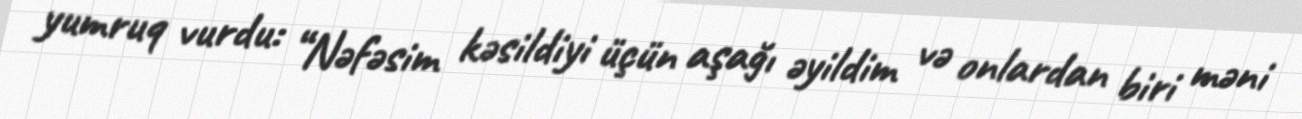
yumruq vurdu: “Nəfəsim kəsildiyi üçün aşağı əyildim və onlardan biri məni